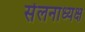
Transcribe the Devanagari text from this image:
सेंलनाध्यक्ष